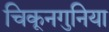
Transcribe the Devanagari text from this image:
चिकूनगुनिया